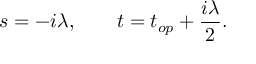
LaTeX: s = - i \lambda , \qquad t = t _ { o p } + { \frac { i \lambda } { 2 } } .